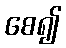
စေ၍